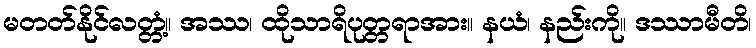
မတတ်နိုင်လတ္တံ့။ အဿ၊ ထိုသာရိပုတ္တရာအား။ နယံ၊ နည်းကို။ ဒဿာမီတိ၊